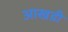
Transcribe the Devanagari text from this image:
आखडी